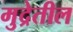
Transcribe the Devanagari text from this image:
मुद्रेतील